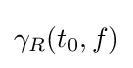
\gamma _{R}(t_{0},f)